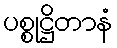
ပစ္စုဋ္ဌိတာနံ